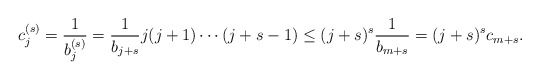
\begin{align*}c_{j}^{(s)}=\frac{1}{b_{j}^{(s)}}=\frac{1}{b_{j+s}}j(j+1)\cdots (j+s-1)\leq (j+s)^{s}\frac{1}{b_{m+s}}=(j+s)^{s}c_{m+s}.\end{align*}